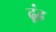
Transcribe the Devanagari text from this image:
ढ़ूंढ